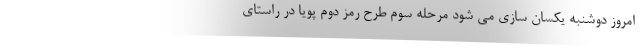
امروز دوشنبه یکسان سازی می شود مرحله سوم طرح رمز دوم پویا در راستای